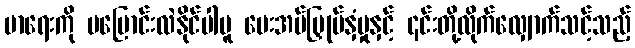
မာရေးကို မပြောင်းလဲနိုင်ပါမူ ပေးအပ်မြှုပ်နှံမှုနှင့် ၎င်းတို့လိုက်လျှောက်သင့်သည့်